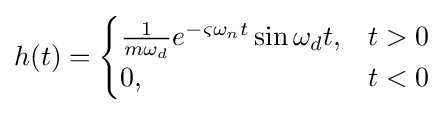
h(t)={\begin{cases}{\frac {1}{m\omega _{d}}}e^{-\varsigma \omega _{n}t}\sin \omega _{d}t,&t>0\\0,&t<0\end{cases}}